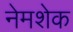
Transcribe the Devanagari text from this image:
नेमशेक